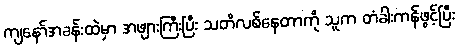
ကျနော်အခန်းထဲမှာ အဖျားကြီးပြီး သတိလစ်နေတာကို သူက တံခါးကန်ဖွင့်ပြီး